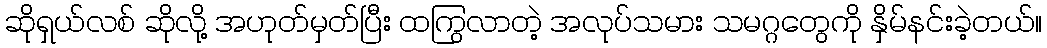
ဆိုရှယ်လစ် ဆိုလို့ အဟုတ်မှတ်ပြီး ထကြွလာတဲ့ အလုပ်သမား သမဂ္ဂတွေကို နှိမ်နင်းခဲ့တယ်။